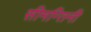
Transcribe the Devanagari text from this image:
सीमन्तिनी